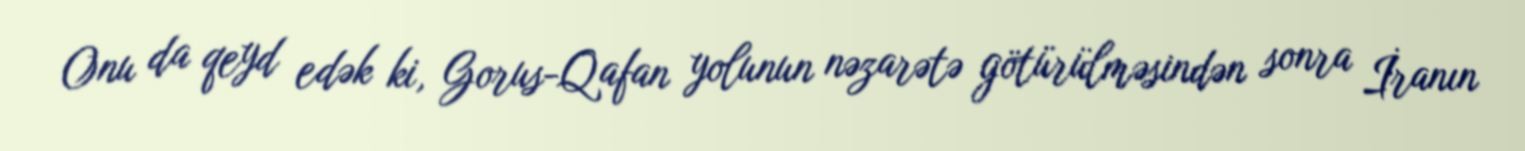
Onu da qeyd edək ki, Gorus-Qafan yolunun nəzarətə götürülməsindən sonra İranın